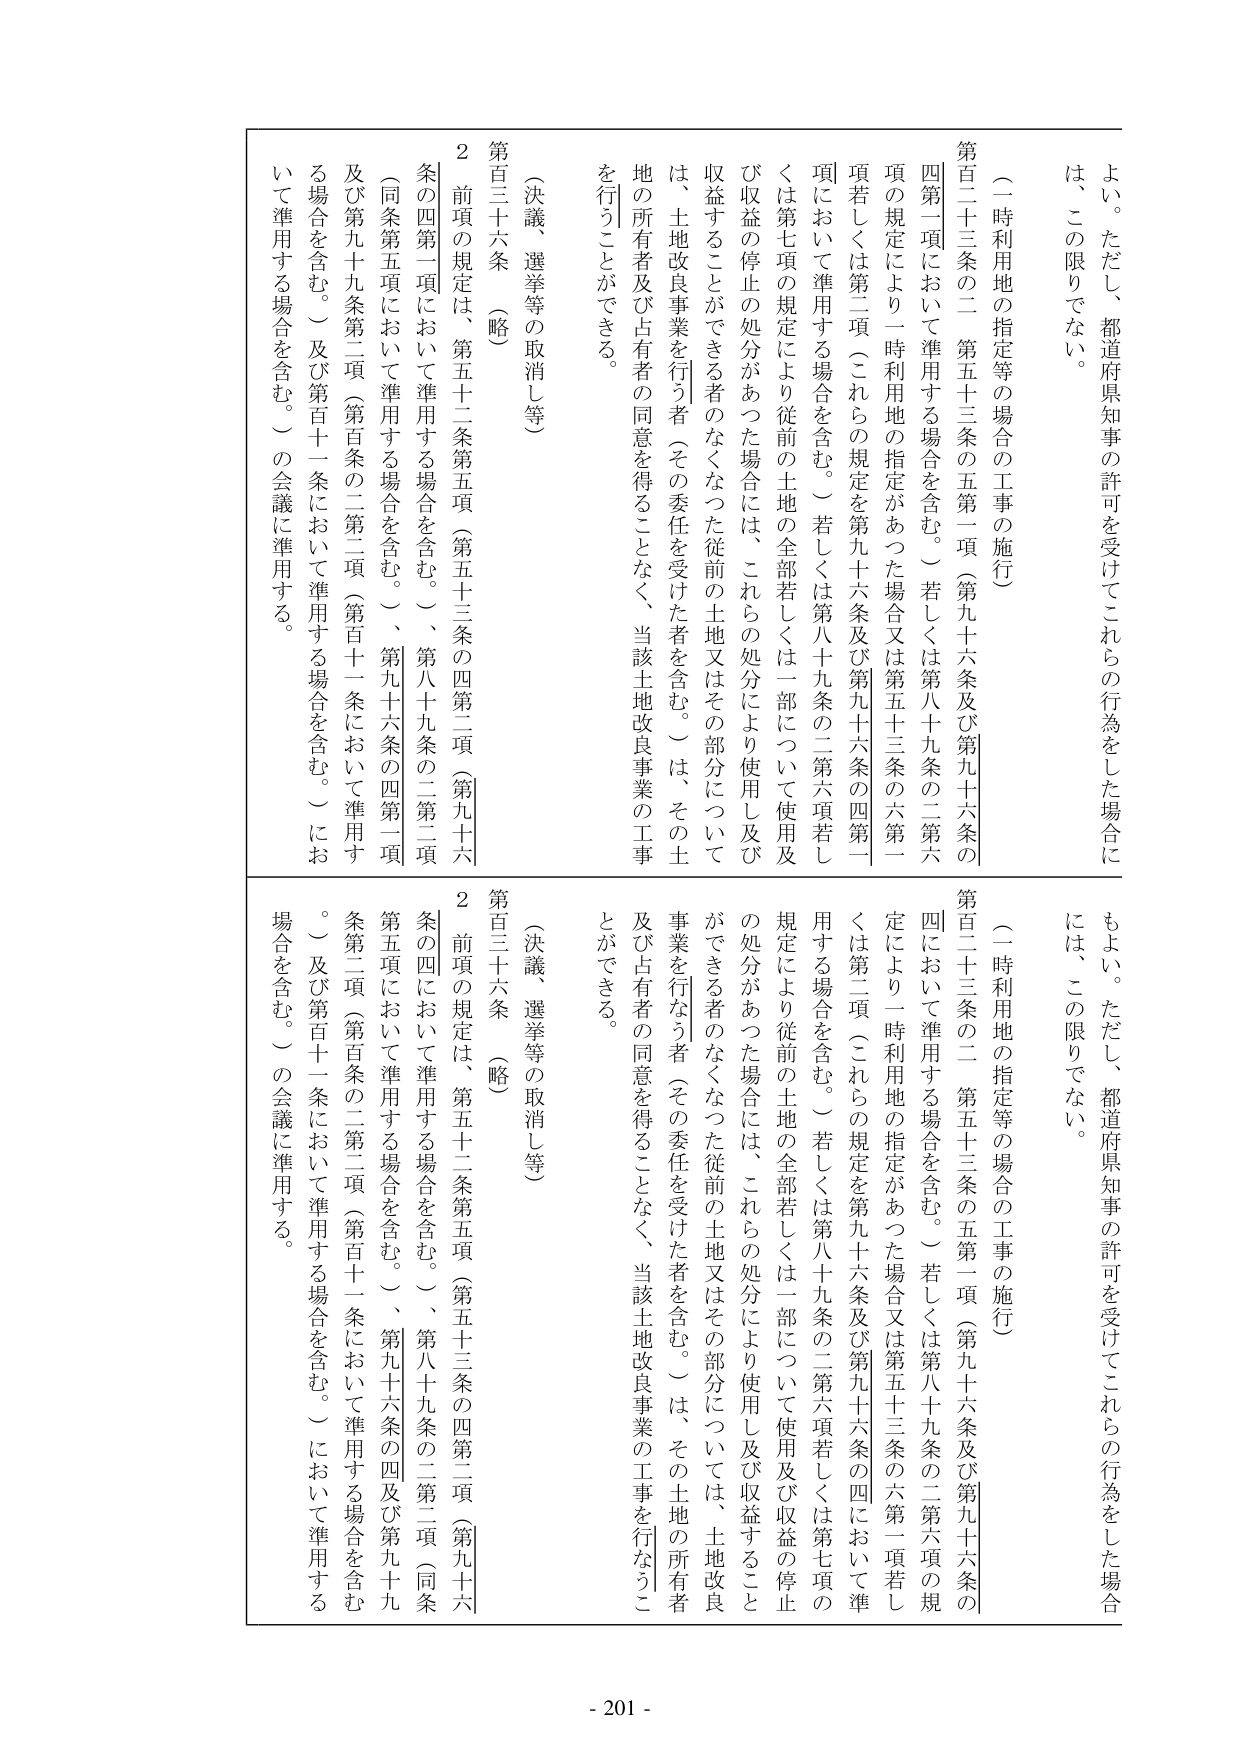
よい。ただし、都道府県知事の許可を受けてこれらの行為をした場合には、この限りでない。

（一時利用地の指定等の場合の工事の施行）

第百二十三条の二 第五十三条の五第一項（第九十六条及び第九十六条の四第一項において準用する場合を含む。）若しくは第八十九条の二第六項の規定により一時利用地の指定があつた場合又は第五十三条の六第一項若しくは第二項（これらの規定を第九十六条及び第九十六条の四第一項において準用する場合を含む。）若しくは第八十九条の二第六項若しくは第七項の規定により従前の土地の全部若しくは一部について使用及び収益の停止の処分があつた場合には、これらの処分により使用し及び収益することができる者のなくなつた従前の土地又はその部分については、土地改良事業を行う者（その委任を受けた者を含む。）は、その土地の所有者及び占有者の同意を得ることなく、当該土地改良事業の工事を行うことができる。

（決議、選挙等の取消し等）

第百三十六条（略）

２ 前項の規定は、第五十二条第五項（第五十三条の四第二項（第九十六条の四第一項において準用する場合を含む。）、第八十九条の二第二項（同条第五項において準用する場合を含む。）、第九十六条の四及び第九十九条第二項（第百条の二第二項（第百十一条において準用する場合を含む。）及び第百十一条において準用する場合を含む。）において準用する場合を含む。）の会議に準用する。

よい。ただし、都道府県知事の許可を受けてこれらの行為をした場合には、この限りでない。

（一時利用地の指定等の場合の工事の施行）

第百二十三条の二 第五十三条の五第一項（第九十六条及び第九十六条の四において準用する場合を含む。）若しくは第八十九条の二第六項の規定により一時利用地の指定があつた場合又は第五十三条の六第一項若しくは第二項（これらの規定を第九十六条及び第九十六条の四において準用する場合を含む。）若しくは第八十九条の二第六項若しくは第七項の規定により従前の土地の全部若しくは一部について使用及び収益の停止の処分があつた場合には、これらの処分により使用し及び収益することができる者のなくなつた従前の土地又はその部分については、土地改良事業を行う者（その委任を受けた者を含む。）は、その土地の所有者及び占有者の同意を得ることなく、当該土地改良事業の工事を行なうことができる。

（決議、選挙等の取消し等）

第百三十六条（略）

２ 前項の規定は、第五十二条第五項（第五十三条の四第二項（第九十六条の四において準用する場合を含む。）、第八十九条の二第二項（同条第五項において準用する場合を含む。）、第九十六条の四及び第九十九条第二項（第百条の二第二項（第百十一条において準用する場合を含む。）及び第百十一条において準用する場合を含む。）において準用する場合を含む。）の会議に準用する。

- 201 -